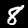
Label: 8